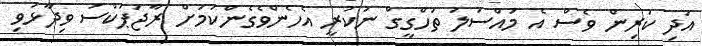
އަދި ކުރިން ވެސް އެ މައްސަލަ ތަހްގީގް ނުކުރީ އެހެންވެގެންކަމަށް ރާޖަޕަކްސަ ވިދާޅުވި